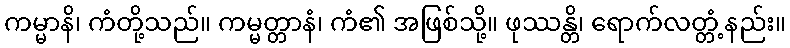
ကမ္မာနိ၊ ကံတို့သည်။ ကမ္မတ္တာနံ၊ ကံ၏ အဖြစ်သို့။ ဖုဿန္တိ၊ ရောက်လတ္တံ့နည်း။